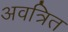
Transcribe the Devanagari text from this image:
अवत्रित